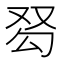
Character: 𰆽